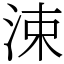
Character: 涑